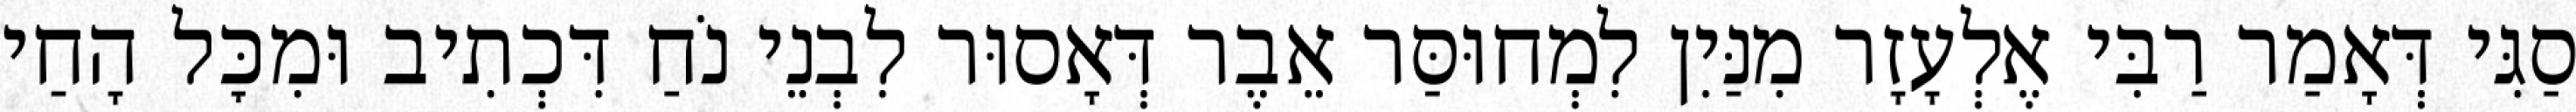
סַגִּי דְּאָמַר רַבִּי אֶלְעָזָר מִנַּיִן לִמְחוּסַּר אֵבֶר דְּאָסוּר לִבְנֵי נֹחַ דִּכְתִיב וּמִכׇּל הָחַי